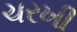
ચરખી